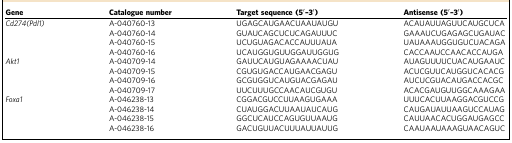
| Gene | Catalogue number | Target sequence (5′–3′) | Antisense (5′–3′) |
 | --- | --- | --- | --- |
 | Cd274(Pdl1) | A-040760-13 | UGAGCAUGAACUAAUAUGU | ACAUAUUAGUUCAUGCUCA |
 |  | A-040760-14 | GUAUCAGCUCUCAGAUUUC | GAAAUCUGAGAGCUGAUAC |
 |  | A-040760-15 | UCUGUAGACACCAUUUAUA | UAUAAAUGGUGUCUACAGA |
 |  | A-040760-16 | UCAUGGUGUUGGAUUGGUG | CACCAAUCCAACACCAUGA |
 | Akt1 | A-040709-14 | GAUUCAUGUAGAAAACUAU | AUAGUUUUCUACAUGAAUC |
 |  | A-040709-15 | CGUGUGACCAUGAACGAGU | ACUCGUUCAUGGUCACACG |
 |  | A-040709-16 | GCGUGGUCAUGUACGAGAU | AUCUCGUACAUGACCACGC |
 |  | A-040709-17 | UUCUUUGCCAACAUCGUGU | ACACGAUGUUGGCAAAGAA |
 | Foxa1 | A-046238-13 | CGGACGUCCUUAAGUGAAA | UUUCACUUAAGGACGUCCG |
 |  | A-046238-14 | CUAUGGACUUAAUAUCAUG | CAUGAUAUUAAGUCCAUAG |
 |  | A-046238-15 | GGCUCAUCCAGUGUUAAUG | CAUUAACACUGGAUGAGCC |
 |  | A-046238-16 | GACUGUUACUUUAUUAUUG | CAAUAAUAAAGUAACAGUC |